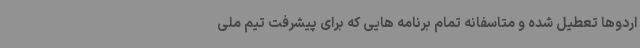
اردوها تعطیل شده و متاسفانه تمام برنامه هایی که برای پیشرفت تیم ملی